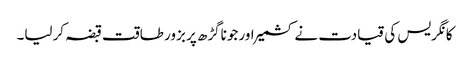
کانگریس کی قیادت نے کشمیر اور جوناگڑھ پر بزور طاقت قبضہ کرلیا۔